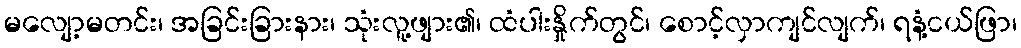
မလျော့မတင်း၊ အခြင်းခြားနား၊ သုံးလူ့ဖျား၏၊ ထံပါးနှိုက်တွင်၊ စောင့်လှာကျင်လျက်၊ ရနံ့ငယ်ဖြာ၊